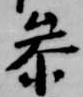
参